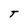
Character: T